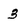
Character: 3